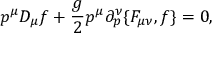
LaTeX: p ^ { \mu } D _ { \mu } f + { \frac { g } { 2 } } p ^ { \mu } \partial _ { p } ^ { \nu } \{ F _ { \mu \nu } , f \} = 0 ,